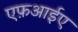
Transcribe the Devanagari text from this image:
एफ़आईए